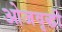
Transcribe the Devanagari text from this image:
ओजवृद्धी